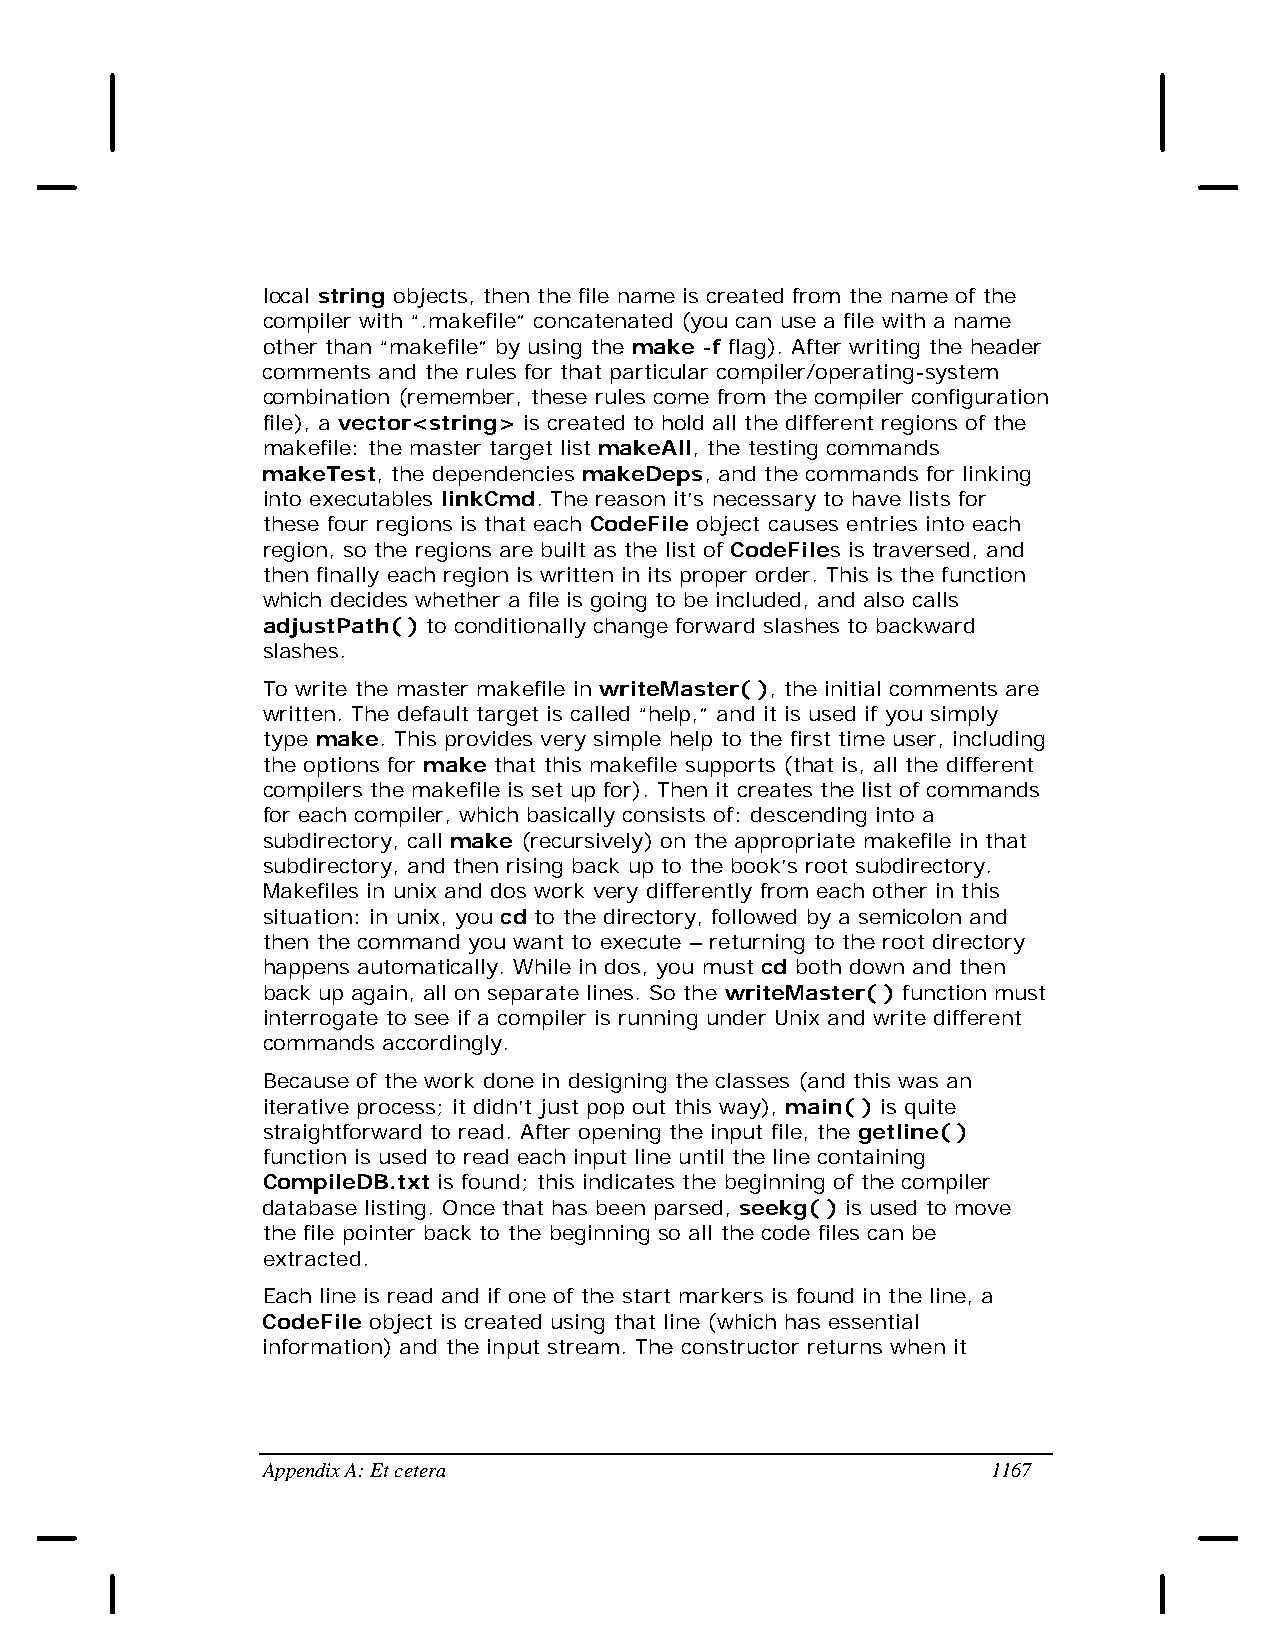
local string objects, then the file name is created from the name of the
 compiler with “.makefile” concatenated (you can use a file with a name
 other than “makefile” by using the make -f flag). After writing the header
 comments and the rules for that particular compiler/operating-system
 combination (remember, these rules come from the compiler configuration
 file), a vector<string> is created to hold all the different regions of the
 makefile: the master target list makeAll, the testing commands
 makeTest, the dependencies makeDeps, and the commands for linking
 into executables linkCmd. The reason it’s necessary to have lists for
 these four regions is that each CodeFile object causes entries into each
 region, so the regions are built as the list of CodeFiles is traversed, and
 then finally each region is written in its proper order. This is the function
 which decides whether a file is going to be included, and also calls
 adjustPath( ) to conditionally change forward slashes to backward
 slashes.
 To write the master makefile in writeMaster( ), the initial comments are
 written. The default target is called “help,” and it is used if you simply
 type make. This provides very simple help to the first time user, including
 the options for make that this makefile supports (that is, all the different
 compilers the makefile is set up for). Then it creates the list of commands
 for each compiler, which basically consists of: descending into a
 subdirectory, call make (recursively) on the appropriate makefile in that
 subdirectory, and then rising back up to the book’s root subdirectory.
 Makefiles in unix and dos work very differently from each other in this
 situation: in unix, you cd to the directory, followed by a semicolon and
 then the command you want to execute – returning to the root directory
 happens automatically. While in dos, you must cd both down and then
 back up again, all on separate lines. So the writeMaster( ) function must
 interrogate to see if a compiler is running under Unix and write different
 commands accordingly.
 Because of the work done in designing the classes (and this was an
 iterative process; it didn’t just pop out this way), main( ) is quite
 straightforward to read. After opening the input file, the getline( )
 function is used to read each input line until the line containing
 CompileDB.txt is found; this indicates the beginning of the compiler
 database listing. Once that has been parsed, seekg( ) is used to move
 the file pointer back to the beginning so all the code files can be
 extracted.
 Each line is read and if one of the start markers is found in the line, a
 CodeFile object is created using that line (which has essential
 information) and the input stream. The constructor returns when it
 Appendix A: Et cetera                            1167